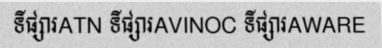
ទីផ្សារATN ទីផ្សារAVINOC ទីផ្សារAWARE